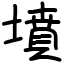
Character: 墳